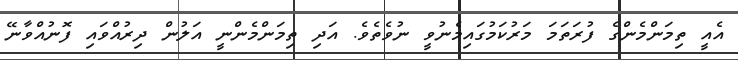
އެއީ ތިމަންމެންގެ ފުރަތަމަ މަރުކަމުގައިމެނުވީ ނުވެތެވެ. އަދި ތިމަންމެންނީ އަލުން ދިރުއްވައި ފޮނުއްވާނޭ